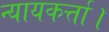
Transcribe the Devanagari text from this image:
न्यायकर्त्ता।